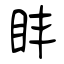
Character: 盽